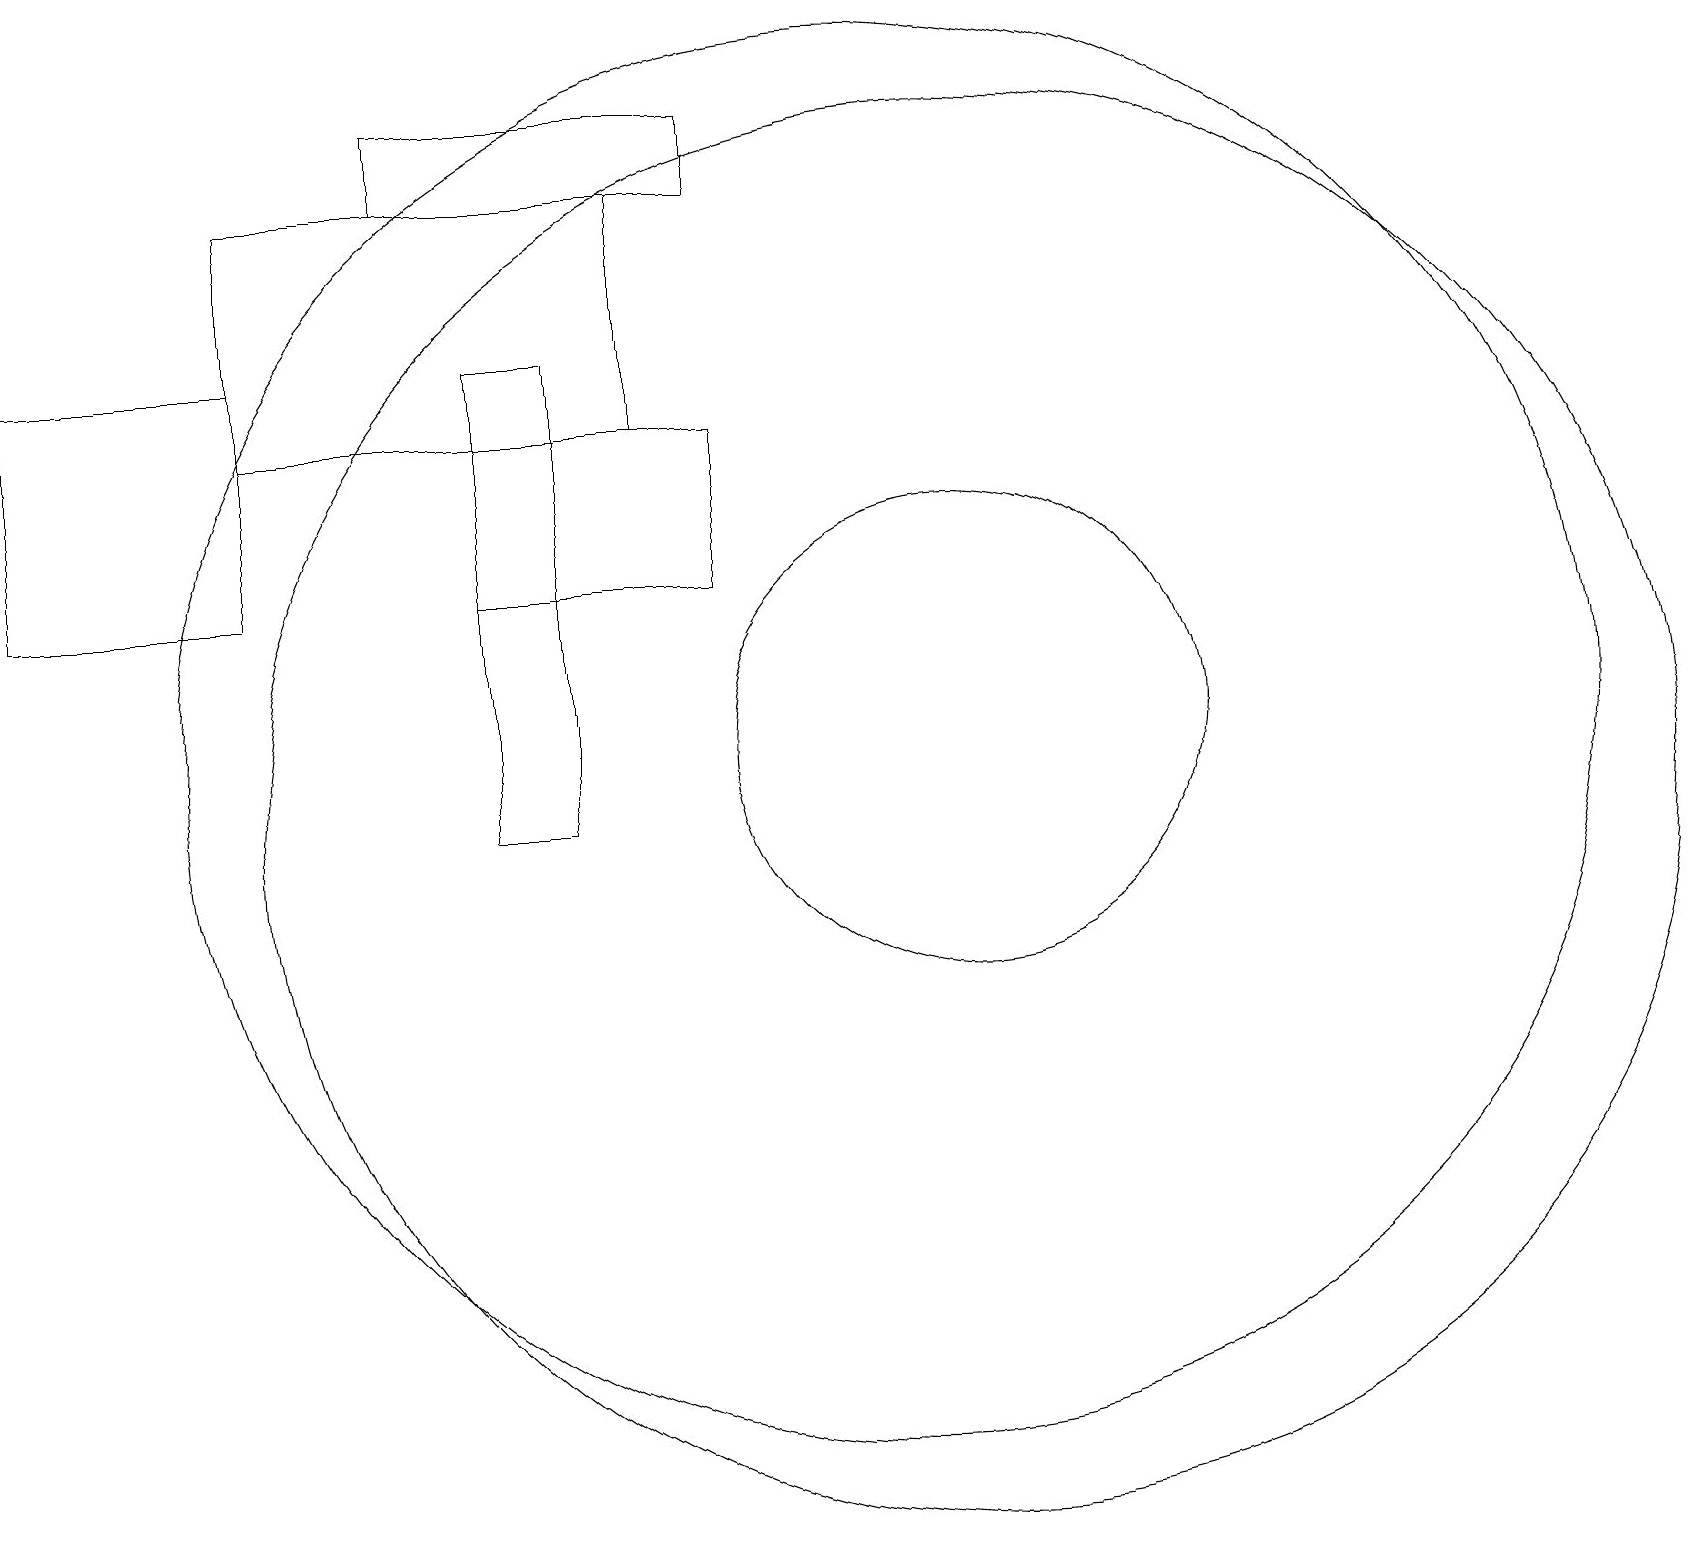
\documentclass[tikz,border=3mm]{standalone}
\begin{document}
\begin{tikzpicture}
\draw (11,11) circle (9);
\draw (12,11) circle (3);
\draw (6,10) rectangle (7,16);
\draw (3,16) rectangle (0,13);
\draw (12,10) circle (9);
\draw (5,18) rectangle (9,19);
\draw (6,15) rectangle (9,13);
\draw (8,18) rectangle (3,15);
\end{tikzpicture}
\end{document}